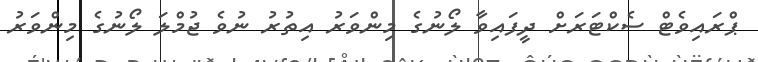
ޕްރައިވެޓް ސެކްޓަރަށް ދީފައިވާ ލޯނުގެ މިންވަރު އިތުރު ނުވެ ޖުމްލަ ލޯނުގެ މިންވަރު